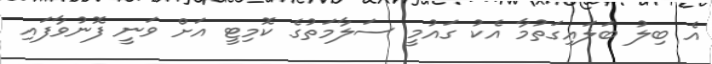
އެ ބިލު ބަލައިގަތުމާ އެކު ގައުމީ ސަލާމަތުގެ ކޮމިޓީ އަށް ވަނީ ފޮނުވާފައި